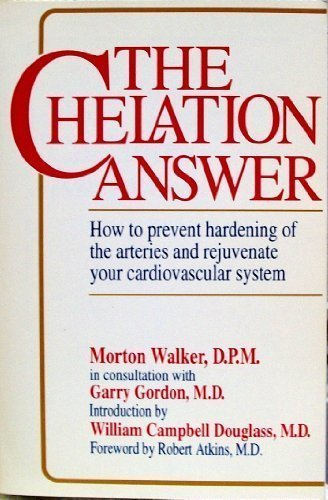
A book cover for The Chelation Answer: How to Prevent Hardening of the Arteries & Rejuvenate Your Cardiovascular System.; Morton Walker; Health, Fitness & Dieting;